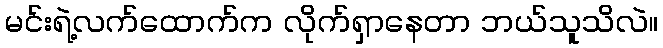
မင်းရဲ့လက်ထောက်က လိုက်ရှာနေတာ ဘယ်သူသိလဲ။